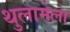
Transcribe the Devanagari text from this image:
थुलामेला